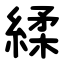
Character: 䋴